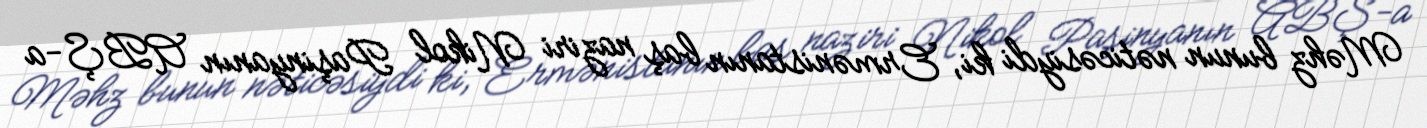
Məhz bunun nəticəsiydi ki, Ermənistanın baş naziri Nikol Paşinyanın ABŞ-a